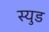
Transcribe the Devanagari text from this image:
स्युड